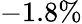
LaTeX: -1.8\%